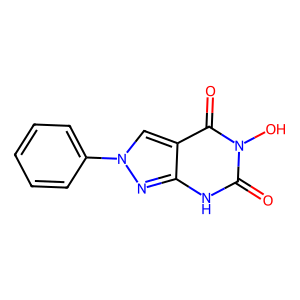
SMILES: O=c1[nH]c2nn(-c3ccccc3)cc2c(=O)n1O
Inhibits HIV replication: No